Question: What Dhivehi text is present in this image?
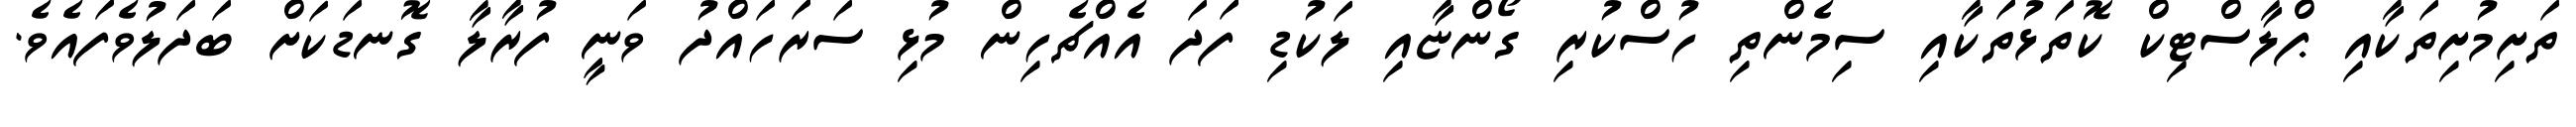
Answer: ތަށިމުށިތަކާއި ޕްލާސްޓިކް ކޮތަޅުތަކާއި ސިމެންތި ހުސްކުރި ގޯންޏާއި ލަކުޑި ފަދަ އެއްޗެހިން މުޅި ސަރަހައްދު ވަނީ ފުރާލާ ގޮނޑަކަށް ބަދަލުވެފައެވެ.